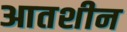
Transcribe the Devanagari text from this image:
आतशीन